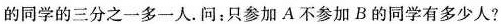
的同学的三分之一多一人.问：只参加A不参加B的同学有多少人？